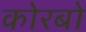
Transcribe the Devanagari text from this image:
कोरबो